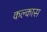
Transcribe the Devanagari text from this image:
कल्कास